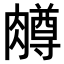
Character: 𫆸